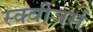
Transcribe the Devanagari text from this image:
स्क्वीजर्स